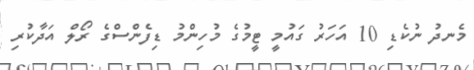
މެނދު ނުކެޑި 10 އަހަރު ގައުމީ ޓީމުގެ މުހިންމު ޑިފެންސްގެ ރޯލް އަދާކުރި